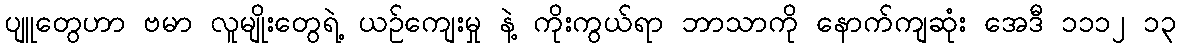
ပျူတွေဟာ ဗမာ လူမျိုးတွေရဲ့ ယဉ်ကျေးမှု နဲ့ ကိုးကွယ်ရာ ဘာသာကို နောက်ကျဆုံး အေဒီ ၁၁၁၂ ၁၃